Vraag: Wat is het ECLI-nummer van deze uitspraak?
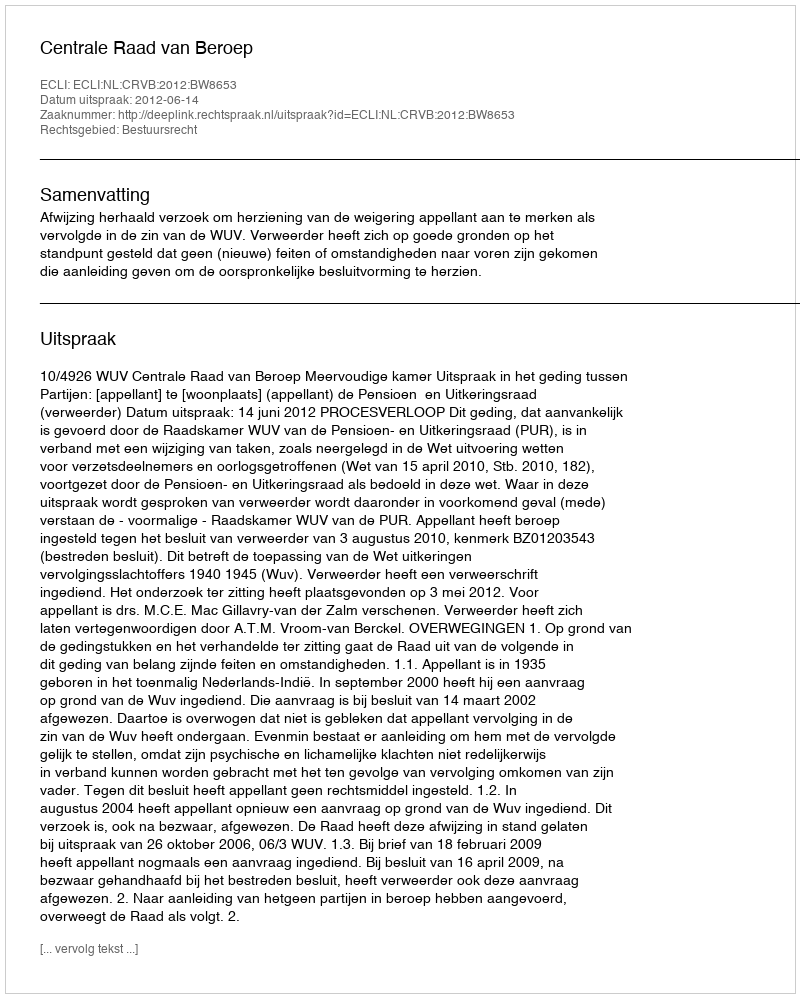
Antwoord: ECLI:NL:CRVB:2012:BW8653